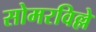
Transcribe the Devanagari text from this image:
सोमरविल्ले